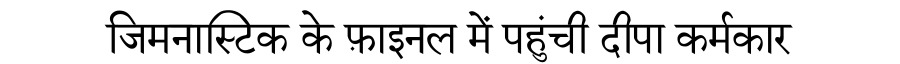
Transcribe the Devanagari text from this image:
जिमनास्टिक के फ़ाइनल में पहुंची दीपा कर्मकार